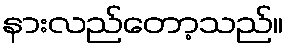
နားလည်တော့သည်။